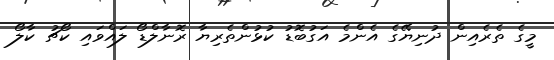
މީގެ ތެރެއިން ދުނިޔޭގެ އެންމެ އަގުބޮޑު ކުޅުންތެރިޔާ ރޮނާލްޑޯ ލައްވައި ކޯޗު ކާލޯ